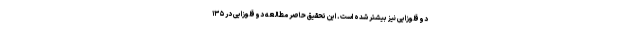
دوقلوزایی نیز بیشتر شده است. این تحقیق حاصر مطالعه دوقلوزایی در ۱۳۵